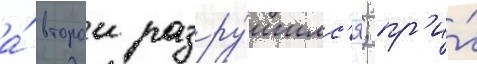
а́ второи разру́шилс'я; пр'и́